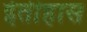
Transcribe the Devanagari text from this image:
ईतीहास